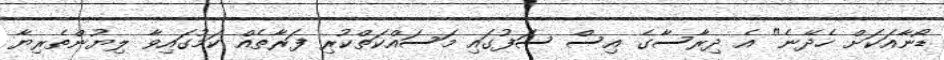
ޑޯނާއަކަށް ހެދޭނެ" އެ ދިރާސާގެ އިސް ސަފުގައި މަސައްކަތްކުރި ފަރާތެއް ކަމުގައިވާ ލިޔުންތެރިޔާ